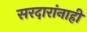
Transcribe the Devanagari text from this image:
सरदारांनाही